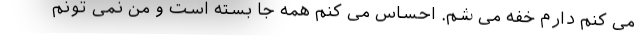
مى کنم دارم خفه مى شم. احساس مى کنم همه جا بسته است و من نمى ‌تونم